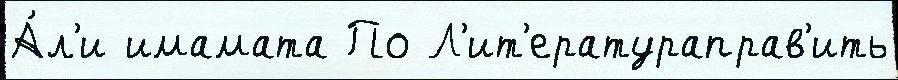
А́л'и имамата По Л'ит'ератураправ'ить